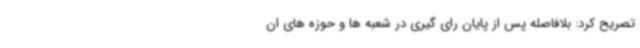
تصریح کرد: بلافاصله پس از پایان رای گیری در شعبه ها و حوزه های ان